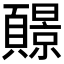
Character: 𫖧